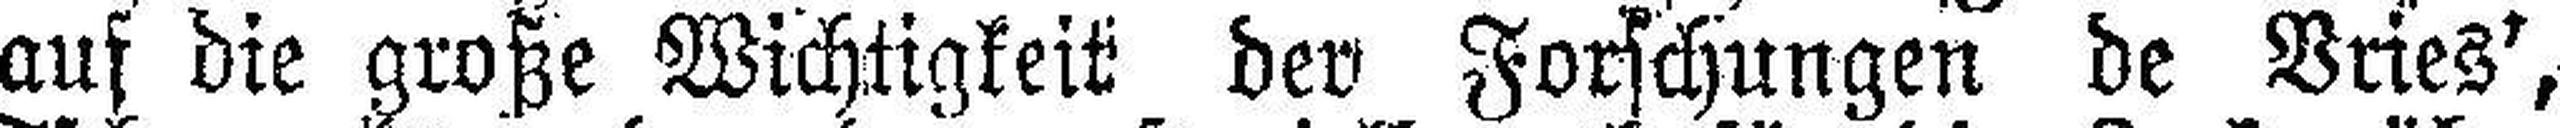
aus die große Wichtigkeit der Forschungen de Vries',